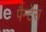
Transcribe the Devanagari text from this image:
पैन्टेरा